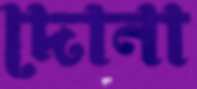
দোনা